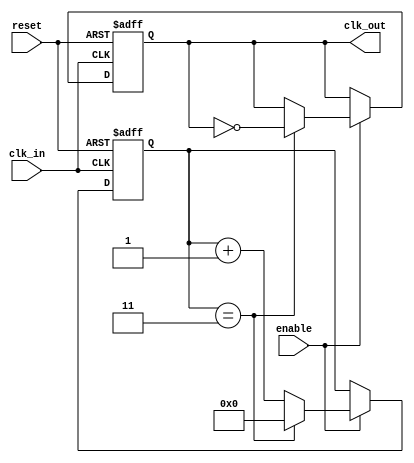
module clock_divider #(
    parameter DIV_FACTOR = 4  // Parameter to specify the division factor
)(
    input wire clk_in,         // Input clock signal
    input wire reset,          // Reset signal
    input wire enable,         // Enable signal
    output reg clk_out         // Output clock signal
);

    reg [31:0] counter;        // Counter to count input clock cycles

    // Synchronous process for clock division
    always @(posedge clk_in or posedge reset) begin
        if (reset) begin
            counter <= 0;      // Reset counter
            clk_out <= 0;      // Reset output clock
        end else if (enable) begin
            if (counter == (DIV_FACTOR - 1)) begin
                clk_out <= ~clk_out; // Toggle output clock
                counter <= 0;         // Reset counter
            end else begin
                counter <= counter + 1; // Increment counter
            end
        end
    end

endmodule